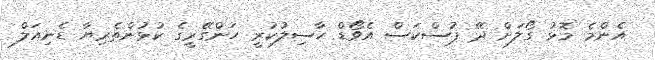
އެންމެ މޮޅު ގޯލަށް ދޭ ޕުސްކަސް އެވޯޑް ހާސިލުކުރީ ހަންގޭރީގެ ކުޅުންތެރިޔާ ޑެނިއަލް